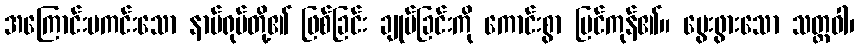
အကြောင်းမကင်းသော နာမ်ရုပ်တို့၏ ဖြစ်ခြင်း ချုပ်ခြင်းကို ကောင်းစွာ မြင်ကုန်၏။ မွေးဖွားသော သတ္တဝါ၊